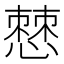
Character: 𭞧